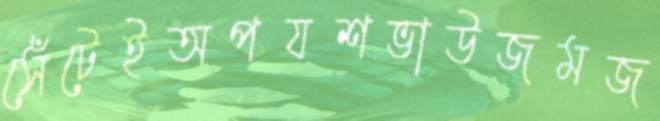
সেঁটেইঅপযশভাউজমজ